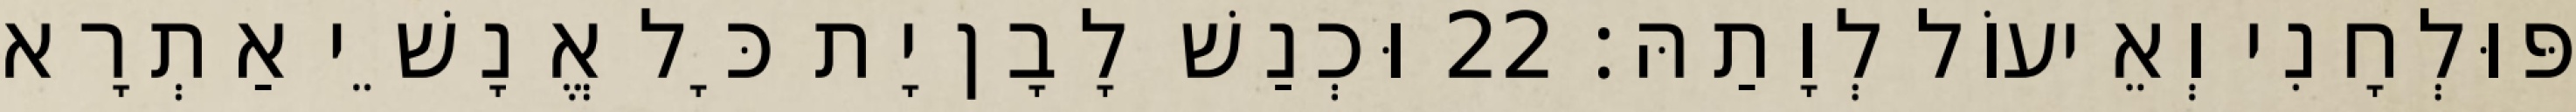
פּוּלְחָנִי וְאֵיעוֹל לְוָתַהּ׃ 22 וּכְנַשׁ לָבָן יָת כָּל אֱנָשֵׁי אַתְרָא